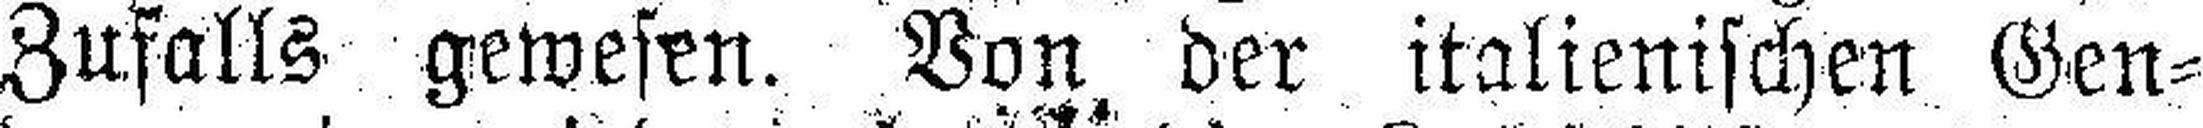
Zufalls gewesen. Von der italienischen Gen¬